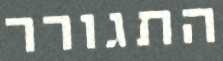
התגורר